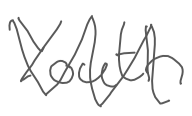
Text: Youth
Cross-out: zig-zag
Writing tool: digital_gray